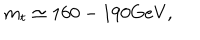
LaTeX: m _ { t } \simeq 1 6 0 - 1 9 0 \mathrm { G e V } ,